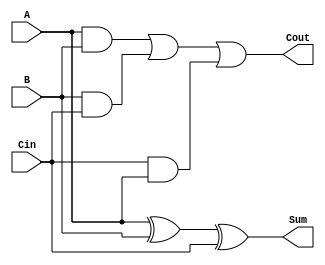
module Full_Adder_1bit(
    input A,B,Cin,
    output Sum,Cout);

assign Sum = A^B^Cin;
assign Cout = (A&B) | (B&Cin) | (Cin&A); 

endmodule